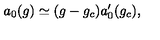
a _ { 0 } ( g ) \simeq ( g - g _ { c } ) a _ { 0 } ^ { \prime } ( g _ { c } ) ,